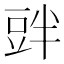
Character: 𲂝